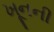
ખૂનની